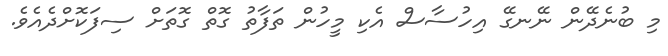
މި ބުނެދޭން ނޭނގޭ އިހުސާސް އެކި މީހުން ތަފާތު ގޮތް ގޮތަށް ސިފަކޮށްދެއެވެ.